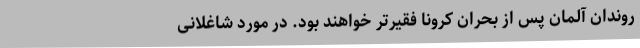
روندان آلمان پس از بحران کرونا فقیرتر خواهند بود. در مورد شاغلانی